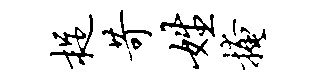
捉苛姓掩